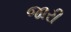
જારી